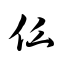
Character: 仫